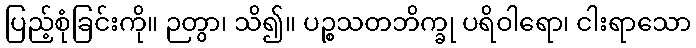
ပြည့်စုံခြင်းကို။ ဉတွာ၊ သိ၍။ ပဉ္စသတဘိက္ခု ပရိဝါရော၊ ငါးရာသော